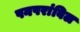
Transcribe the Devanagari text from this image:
पनपरांबिल